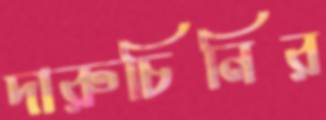
দারুচিনির